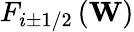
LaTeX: {{F}_{i\pm 1/2}}\left(\mathbf{W}\right)